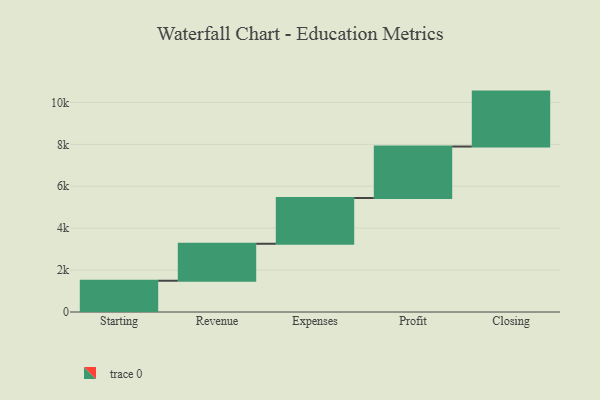
{"axis": {"x": "Step", "y": "Value"}, "legend": [""], "data": [{"x": "Starting", "y": 1492.0, "type": ""}, {"x": "Revenue", "y": 1764.0, "type": ""}, {"x": "Expenses", "y": 2184.0, "type": ""}, {"x": "Profit", "y": 2455.0, "type": ""}, {"x": "Closing", "y": 2621.0, "type": ""}]}